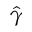
\hat { \gamma }